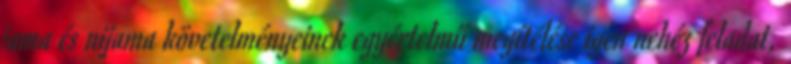
jama és nijama követelményeinek egyértelmű megítélése igen nehéz feladat,